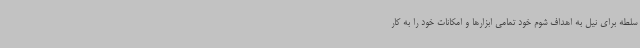
سلطه برای نیل به اهداف شوم خود تمامی ابزارها و امکانات خود را به کار